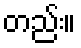
တည်း။